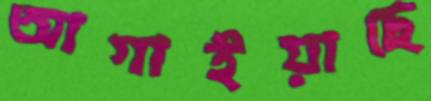
আগাইয়াছে